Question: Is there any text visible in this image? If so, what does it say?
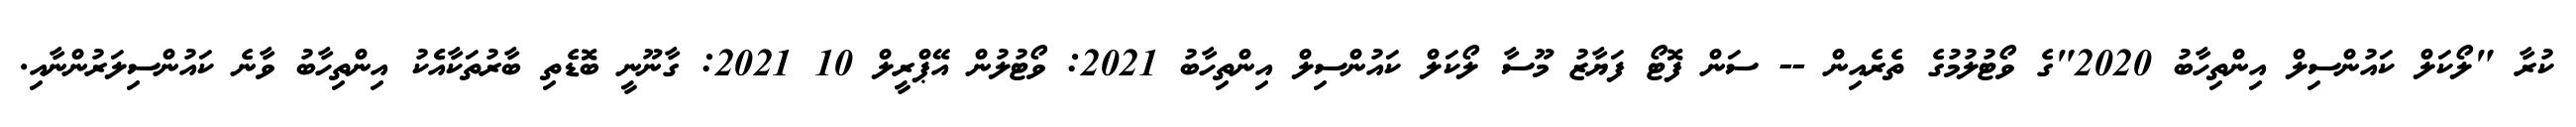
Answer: ކުރާ "ލޯކަލް ކައުންސިލް އިންތިހާބު 2020"ގެ ވޯޓުލުމުގެ ތެރެއިން -- ސަން ފޮޓޯ ފަޔާޒު މޫސާ ލޯކަލް ކައުންސިލް އިންތިހާބު 2021: ވޯޓުލުން އޭޕްރީލް 10 2021: ގާނޫނީ ބޮޑެތި ބާރުތަކާއެެކު އިންތިހާބު ވާނެ ކައުންސިލަރުންނާއި.